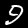
Label: 9